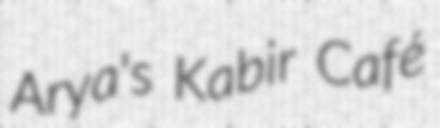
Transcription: Arya's Kabir Café